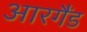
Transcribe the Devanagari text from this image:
आरगैंड